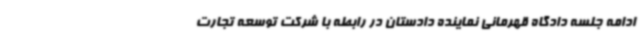
ادامه جلسه دادگاه قهرمانی نماینده دادستان در رابطه با شرکت توسعه تجارت